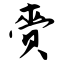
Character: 赍